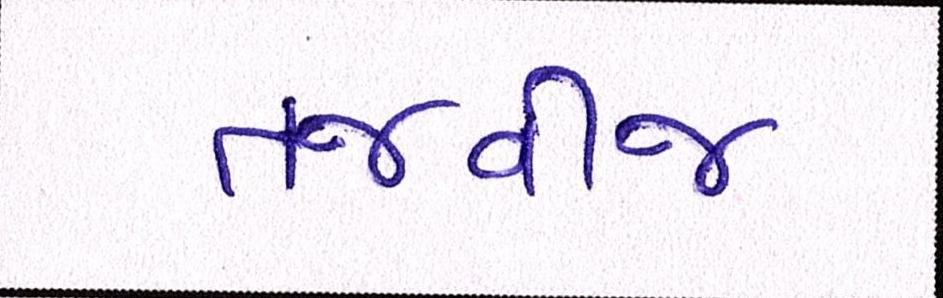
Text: તજવીજ